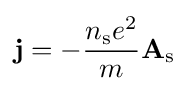
\mathbf {j} =-{\frac {n_{\rm {s}}e^{2}}{m}}\mathbf {A} _{\rm {s}}